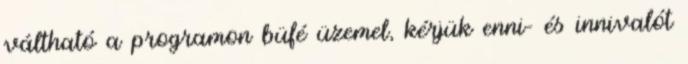
váltható a programon büfé üzemel, kérjük enni- és innivalót